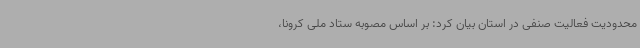
محدودیت فعالیت صنفی در استان بیان کرد: بر اساس مصوبه ستاد ملی کرونا،